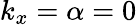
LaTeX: k_{x}=\alpha=0